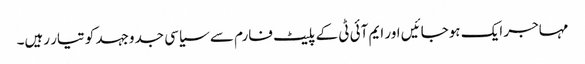
مہاجر ایک ہوجائیں اور ایم آئی ٹی کے پلیٹ فارم سے سیاسی جدوجہد کو تیار رہیں۔